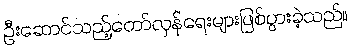
ဦးဆောင်သည့်တော်လှန်ရေးများဖြစ်ပွားခဲ့သည်။